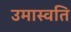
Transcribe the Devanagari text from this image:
उमास्वति